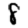
Digit: 8